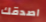
اصدقك